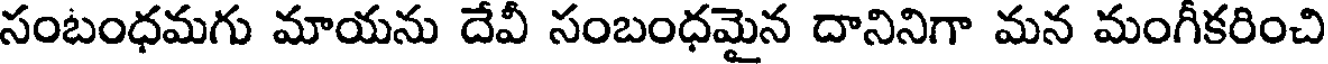
సంబంధమగు మాయను దేవీ సంబంధమైన దానినిగా మన మంగీకరించి